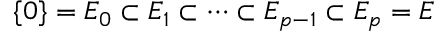
\{ 0 \} = E _ { 0 } \subset E _ { 1 } \subset \cdots \subset E _ { p - 1 } \subset E _ { p } = E